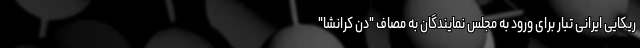
ریکایی ایرانی تبار برای ورود به مجلس نمایندگان به مصاف "دن کرانشا"